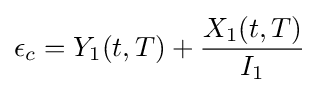
\epsilon _{c}=Y_{1}(t,T)+{\frac {X_{1}(t,T)}{I_{1}}}